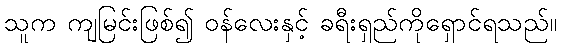
သူက ကျမြင်းဖြစ်၍ ဝန်လေးနှင့် ခရီးရှည်ကိုရှောင်ရသည်။